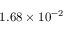
1 . 6 8 \times 1 0 ^ { - 2 }